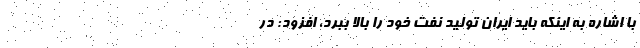
با اشاره به اینکه باید ایران تولید نفت خود را بالا ببرد، افزود:‌ در